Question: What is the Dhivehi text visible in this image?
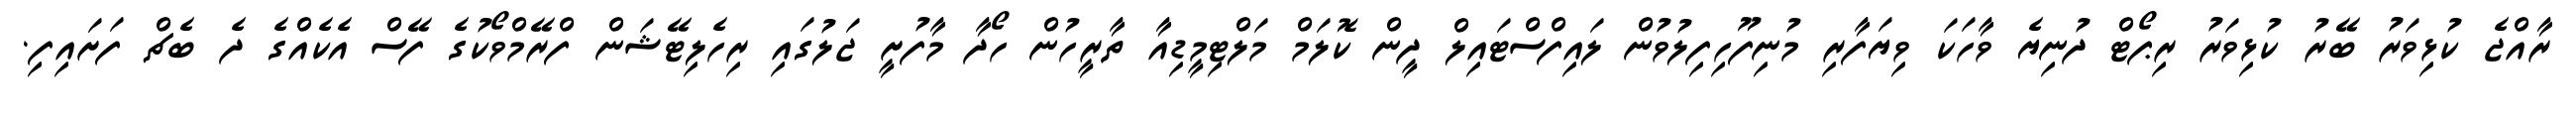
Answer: ރާއްޖެ ކުޅިވަރު ބޭރު ކުޅިވަރު ރިޕޯޓް ދުނިޔެ ވާހަކަ ވިޔަފާރި މުނިފޫހިފިލުވުން ލައިފްސްޓައިލް ދީން ކޮލަމް މަލްޓިމީޑިއާ ތާރީހުން ހޯދާ މާފުށީ ޖަލުގައި ރިހެލިޓޭޝަން ފްރޭމްވޯކުގެ ފޭސް އެކެއްގެ ދެ ބެޗް ފަށައިފި.